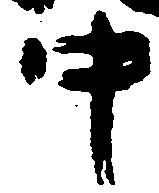
中